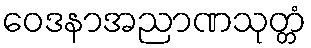
ဝေဒနာအညာဏသုတ္တံ